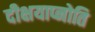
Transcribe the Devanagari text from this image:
दीक्षयाप्नोति